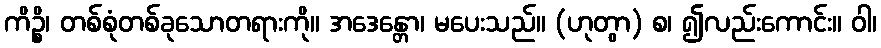
ကိဉ္စိ၊ တစ်စုံတစ်ခုသောတရားကို။ အဒေန္တော၊ မပေးသည်။ (ဟုတွာ) စ၊ ၍လည်းကောင်း။ ဝါ၊